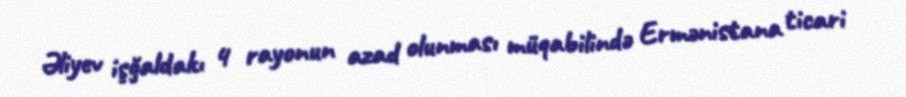
Əliyev işğaldakı 4 rayonun azad olunması müqabilində Ermənistana ticari